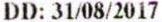
DD: 31/08/2017